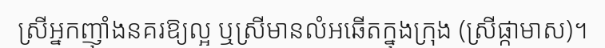
ស្រីអ្នកញ៉ាំងនគរឱ្យល្អ ឬស្រីមានលំអឆើតក្នុងក្រុង (ស្រីផ្កាមាស)។